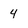
Character: 4